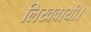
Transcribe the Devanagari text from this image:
लिखवायी।